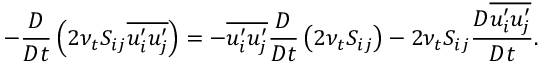
- \frac { D } { D t } \left( 2 \nu _ { t } S _ { i j } \overline { { u _ { i } ^ { \prime } u _ { j } ^ { \prime } } } \right) = - \overline { { u _ { i } ^ { \prime } u _ { j } ^ { \prime } } } \frac { D } { D t } \left( 2 \nu _ { t } S _ { i j } \right) - 2 \nu _ { t } S _ { i j } \frac { D \overline { { u _ { i } ^ { \prime } u _ { j } ^ { \prime } } } } { D t } .